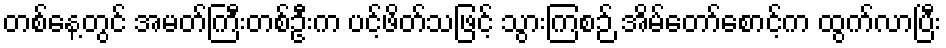
တစ်နေ့တွင် အမတ်ကြီးတစ်ဦးက ပင့်ဖိတ်သဖြင့် သွားကြစဉ် အိမ်တော်စောင့်က ထွက်လာပြီး